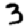
Digit: 3